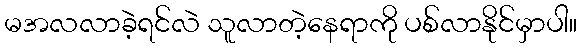
မအလလာခဲ့ရင်လဲ သူလာတဲ့နေရာကို ပစ်လာနိုင်မှာပါ။